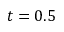
t = 0 . 5